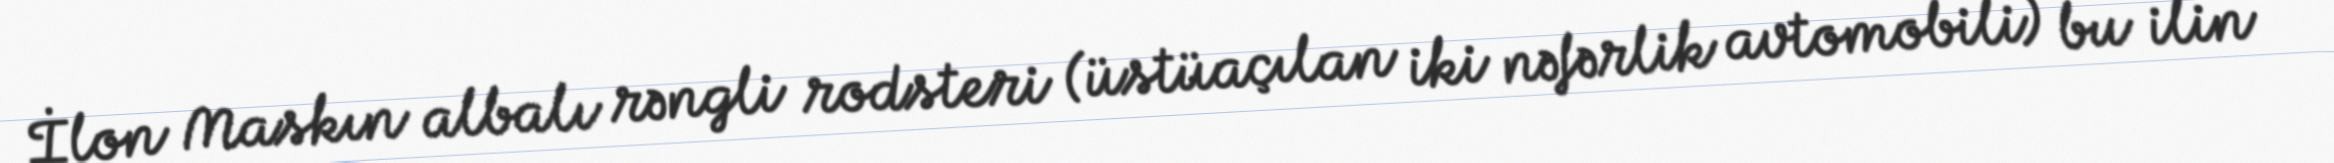
İlon Maskın albalı rəngli rodsteri (üstüaçılan iki nəfərlik avtomobili) bu ilin